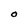
Character: O